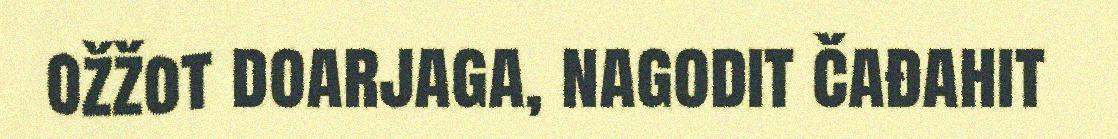
ožžot doarjaga, nagodit čađahit